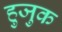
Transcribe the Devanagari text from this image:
हुजुक